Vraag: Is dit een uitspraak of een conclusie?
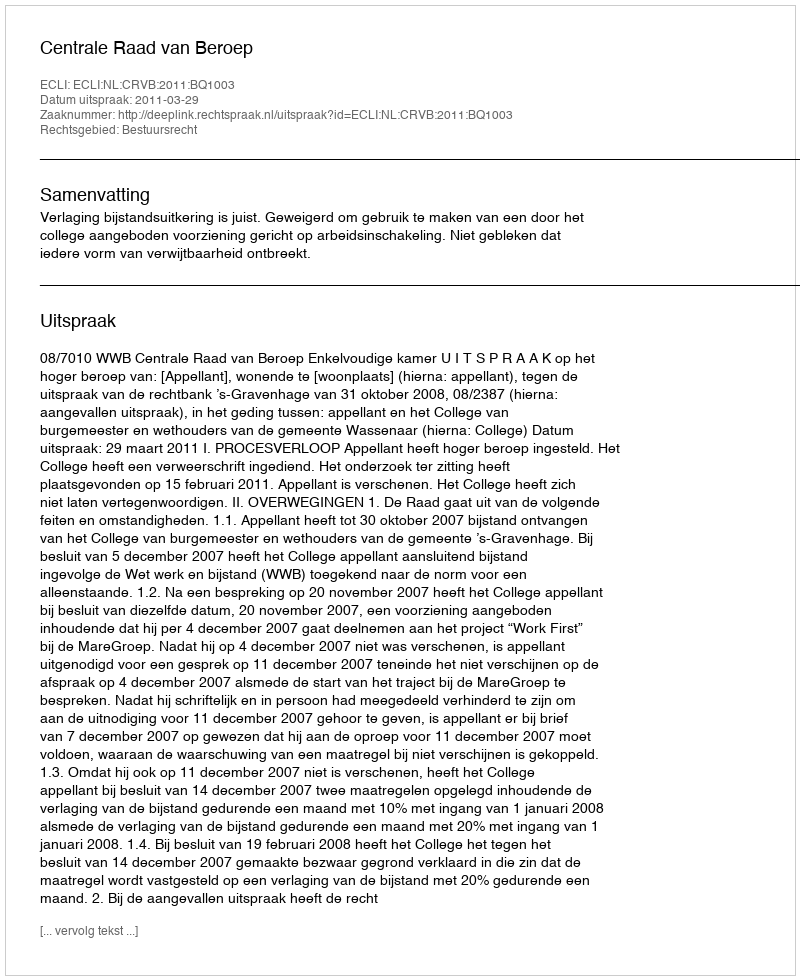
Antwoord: Uitspraak